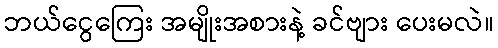
ဘယ်ငွေကြေး အမျိုးအစားနဲ့ ခင်ဗျား ပေးမလဲ။